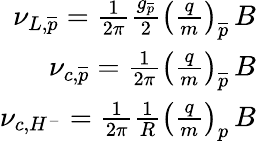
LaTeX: \begin{array}{r}{\nu_{L,\overline{{p}}}=\frac{1}{2\pi}\frac{g_{\overline{{p}}}}{2}\left(\frac{q}{m}\right)_{\overline{{p}}}\, B}\\ {\nu_{c,\overline{{p}}}=\frac{1}{2\pi}\left(\frac{q}{m}\right)_{\overline{{p}}}\, B}\\ {\nu_{c,H^{-}}=\frac{1}{2\pi}\frac{1}{R}\left(\frac{q}{m}\right)_{p}\, B}\end{array}